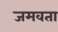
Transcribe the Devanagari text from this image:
जमवता